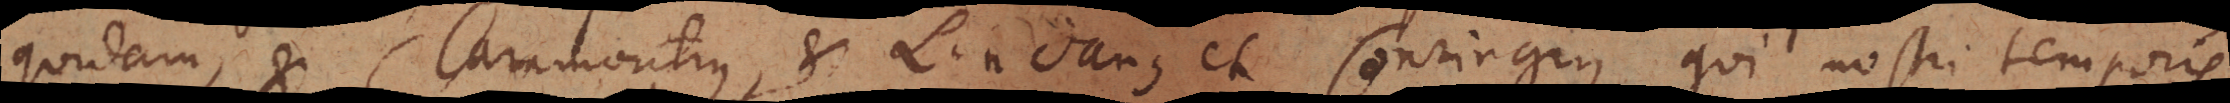
quidam, et Claramontius et Lindanus et Conringius qui nostri temporis